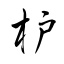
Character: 枦